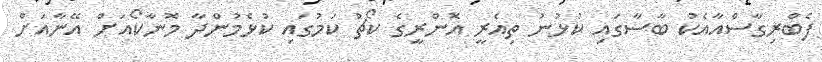
ފެބްރިގާސްއާއެކު ބާސާގައި ކުޅުނު ތިއެރީ އޮންރީގެ ކޯޗު ކަމުގައި ކުޅެމުންދާ މޮނާކޯއަށް އޭނާއަށް